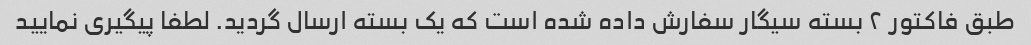
طبق فاکتور ۲ بسته سیگار سفارش داده شده است که یک بسته ارسال گردید. لطفا پیگیری نمایید